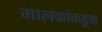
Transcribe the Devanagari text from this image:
मालकांकडून